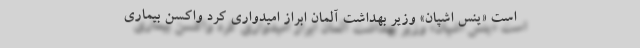
است «ینس اشپان» وزیر بهداشت آلمان ابراز امیدواری کرد واکسن بیماری